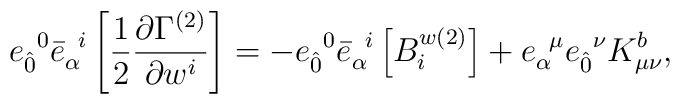
{e}_{ \hat{0}}^{\;\;0} {\bar{e}}_{\alpha}^{\;\; i} \left[\frac{1}{2}\frac{\partial\Gamma^{(2)}}{\partial w^{i}} \right]=-  {e}_{\hat{0}}^{\;\;0}  {\bar{e}}_{\alpha}^{\;\; i}\left[B^{w(2)}_{i} \right] +{e}_{\alpha}^ {\;\;\mu} {e}_{\hat{0}}^{\;\;\nu}K^{b}_{\mu\nu},